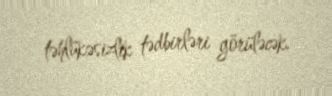
təhlükəsizlik tədbirləri görüləcək.